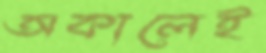
অকালেই